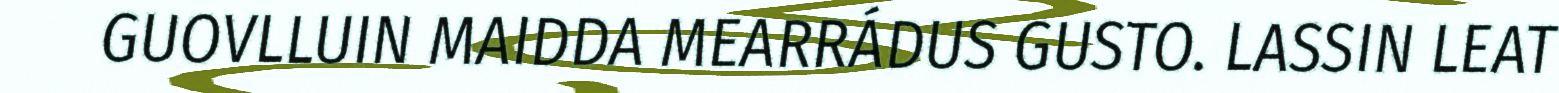
GUOVLLUIN MAIDDA MEARRÁDUS GUSTO. LASSIN LEAT